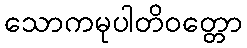
သောကမုပါတိဝတ္တော